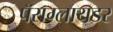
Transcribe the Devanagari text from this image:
पॅराग्लायडर